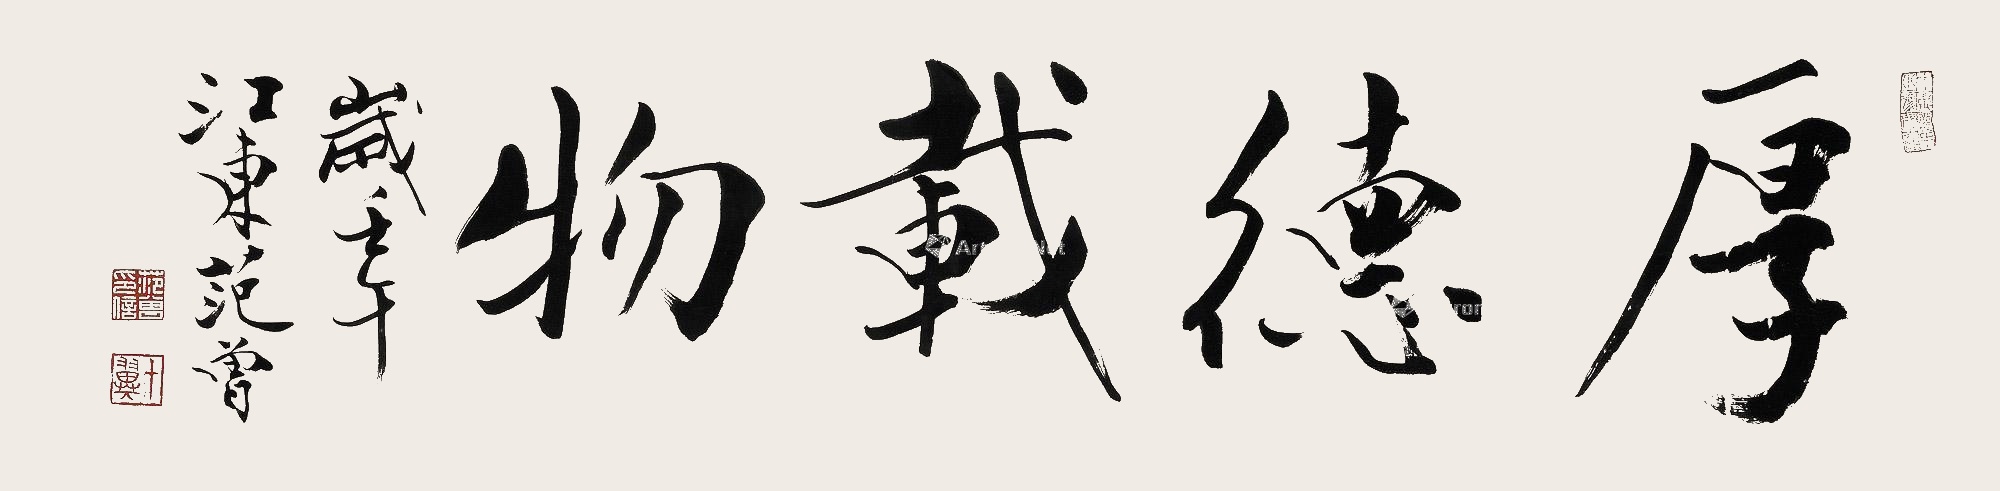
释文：厚德载物岁壬午，江东范曾。